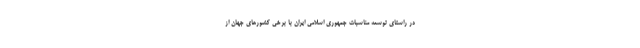
در راستای توسعه مناسبات جمهوری اسلامی ایران با برخی کشورهای جهان از